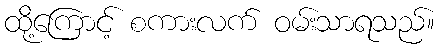
ထို့ကြောင့် စကားလက် ဝမ်းသာရသည်။